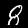
Label: 8